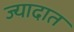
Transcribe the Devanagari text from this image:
ज्यादात